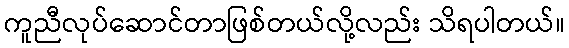
ကူညီလုပ်ဆောင်တာဖြစ်တယ်လို့လည်း သိရပါတယ်။